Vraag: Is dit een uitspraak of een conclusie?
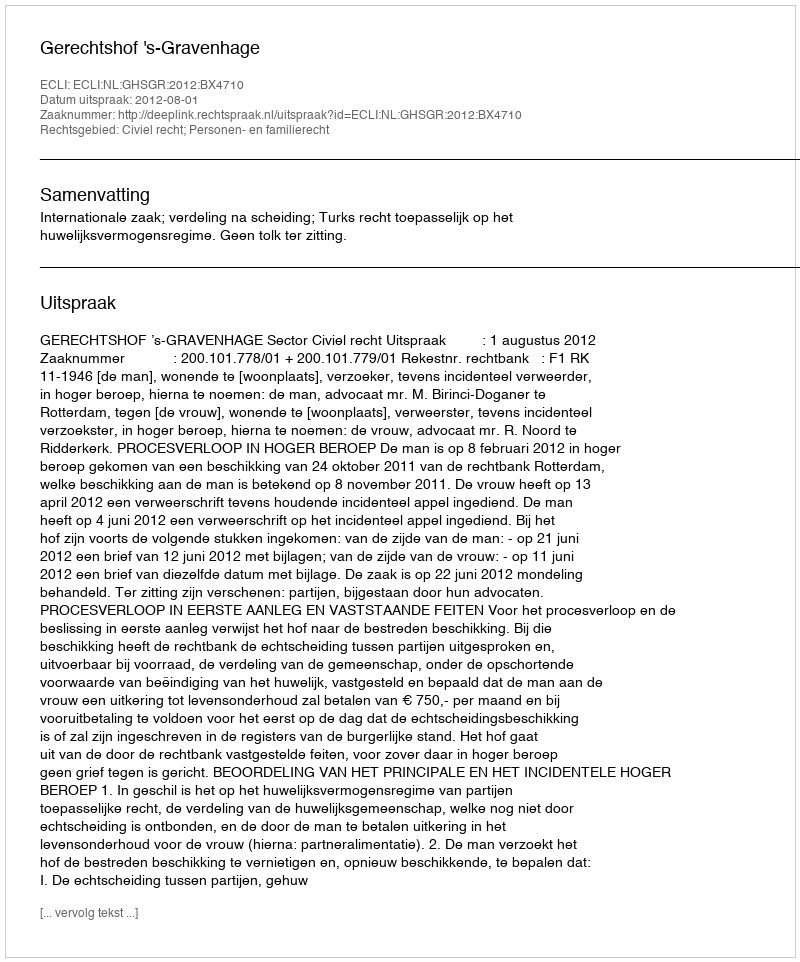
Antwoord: Uitspraak